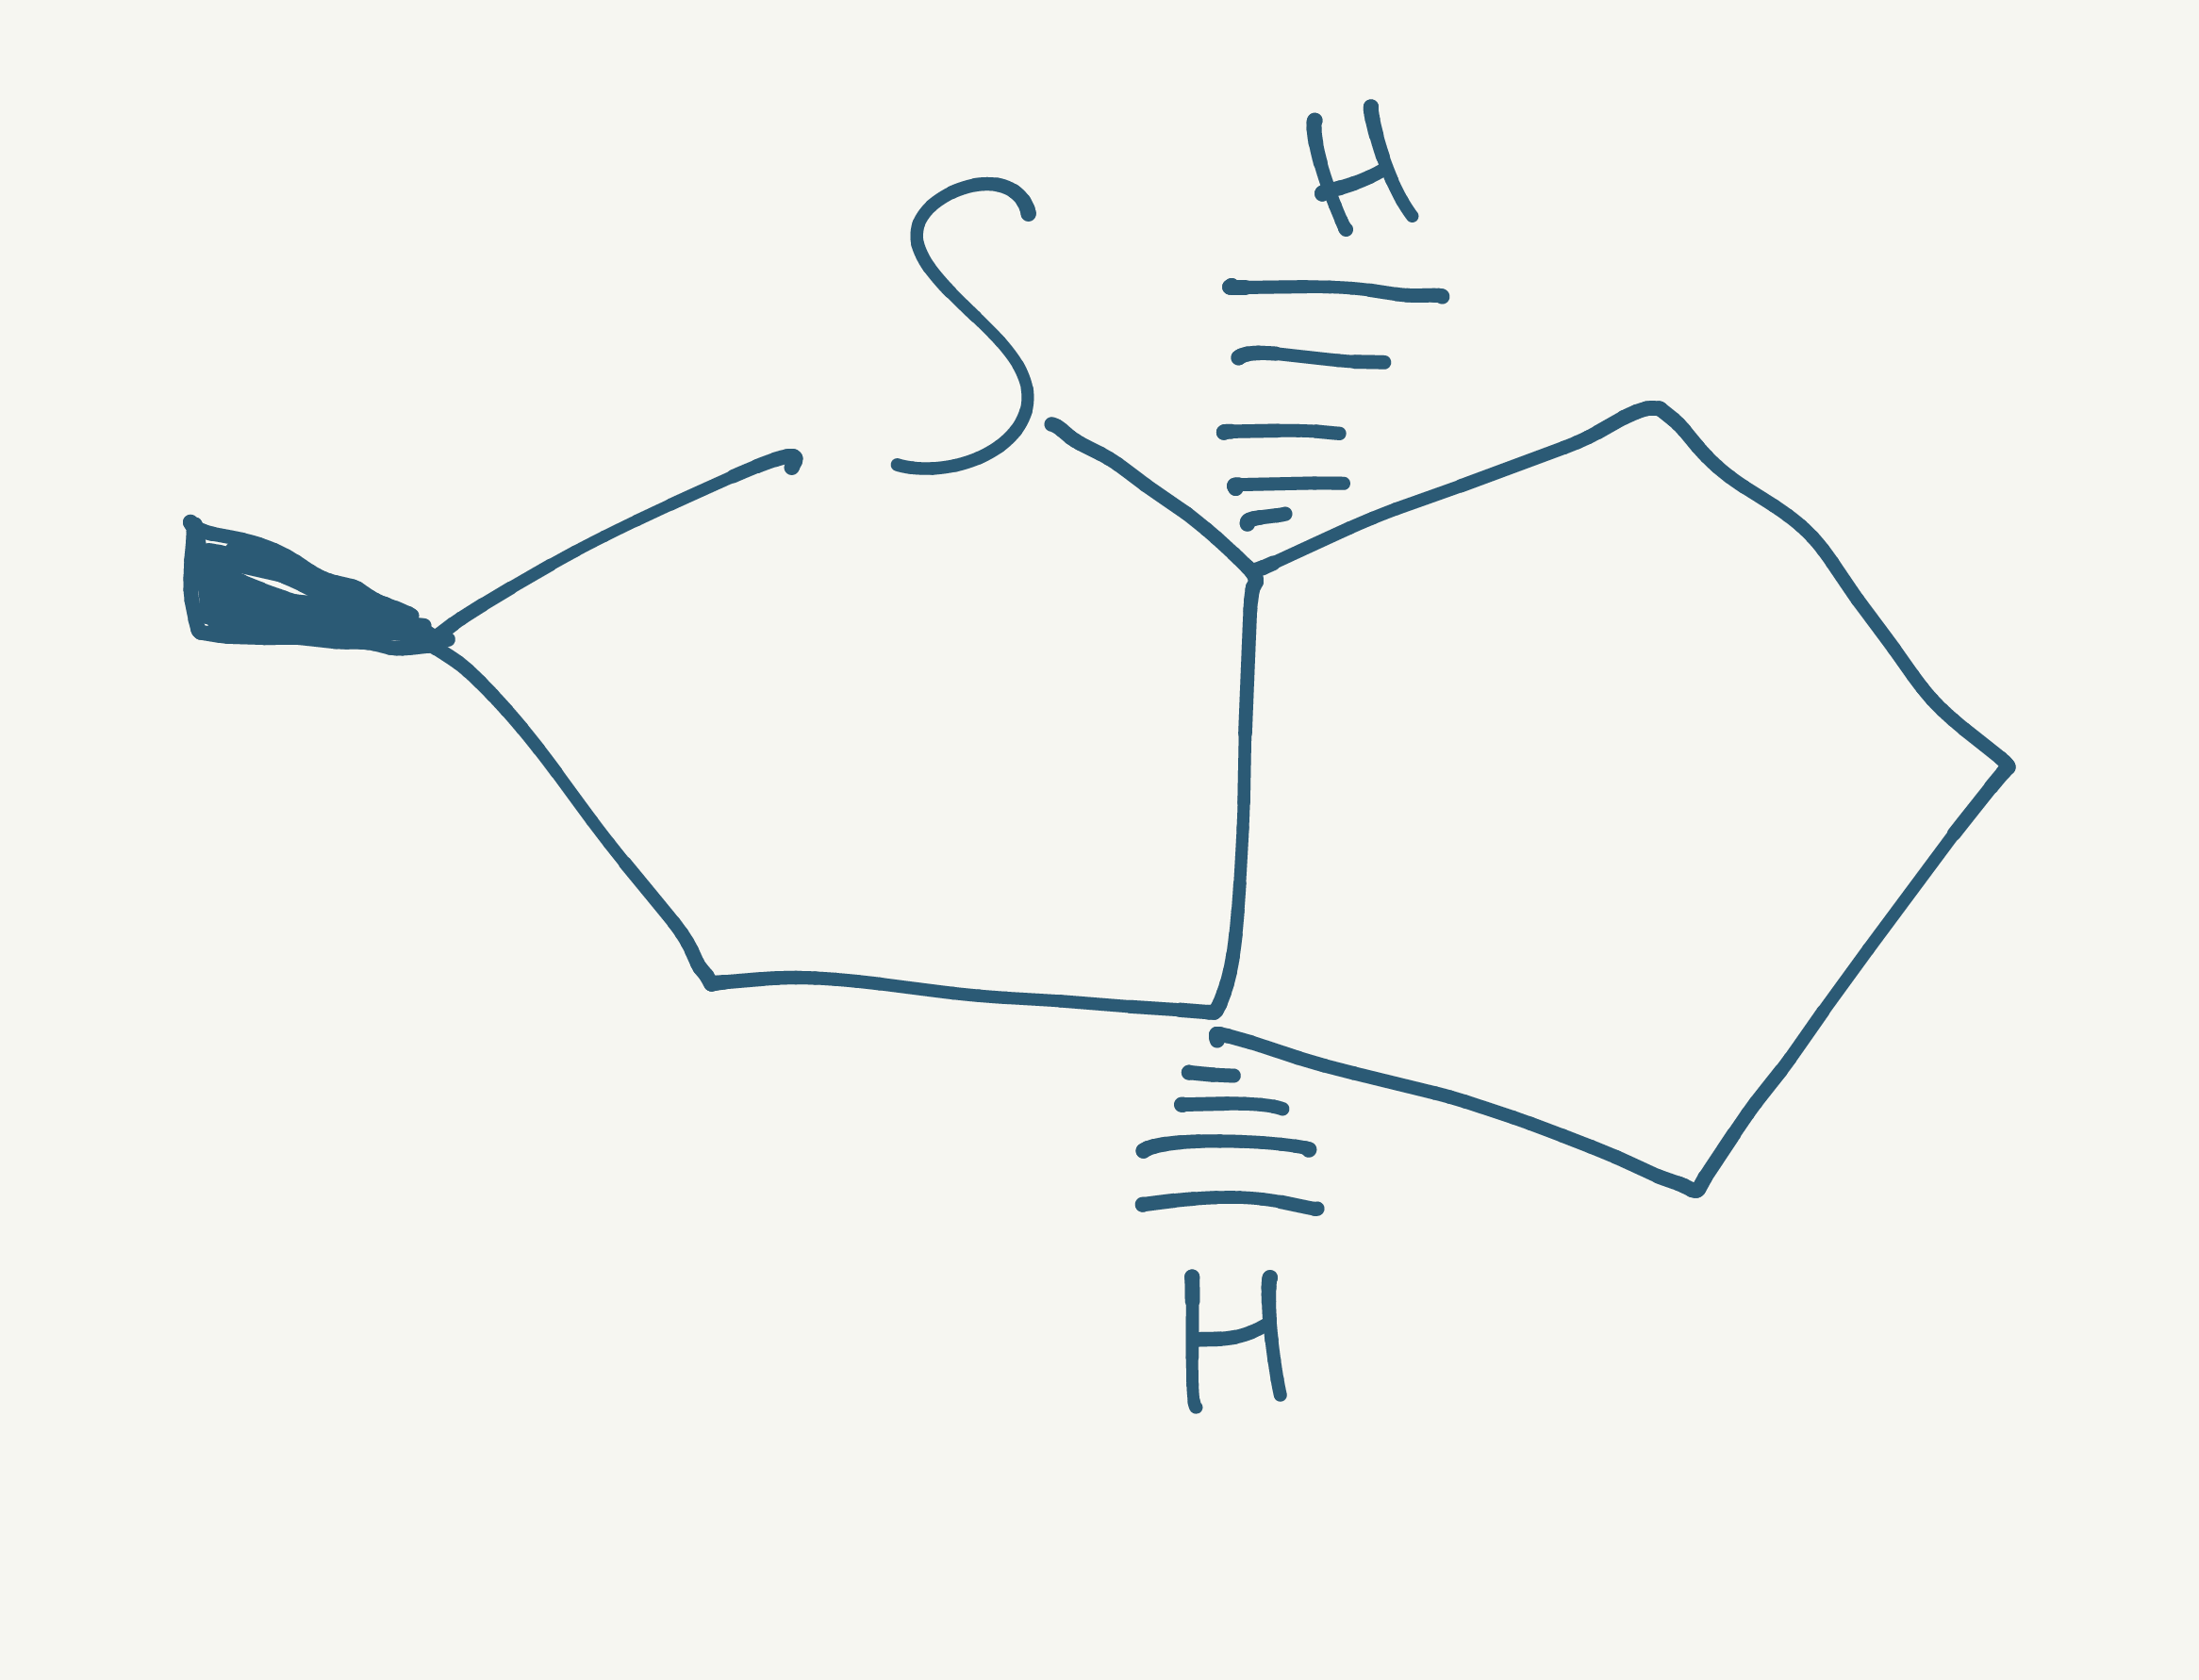
Simplified molecular-input line-entry system (SMILES) notation of the given molecule:
C[C@@H]1C[C@@H]2CCC[C@@H]2S1